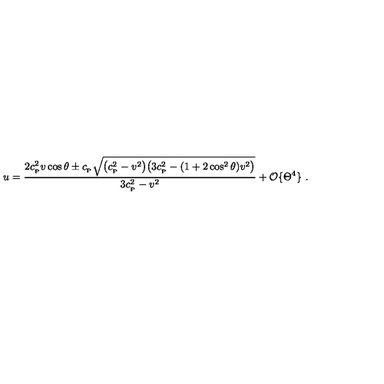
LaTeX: u = { \frac { 2 c _ { _ \mathrm { P } } ^ { 2 } v \cos \theta \pm c _ { _ \mathrm { P } } \sqrt { \big ( c _ { _ \mathrm { P } } ^ { 2 } - v ^ { 2 } \big ) \big ( 3 c _ { _ \mathrm { P } } ^ { 2 } - ( 1 + 2 \cos ^ { 2 } \theta ) v ^ { 2 } \big ) } } { 3 c _ { _ \mathrm { P } } ^ { 2 } - v ^ { 2 } } } + { \cal O } \{ \Theta ^ { 4 } \} \ .